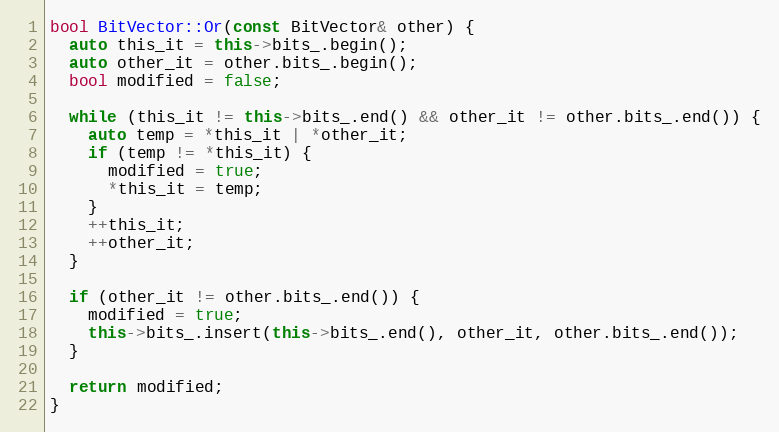
Language: C++
bool BitVector::Or(const BitVector& other) {
  auto this_it = this->bits_.begin();
  auto other_it = other.bits_.begin();
  bool modified = false;

  while (this_it != this->bits_.end() && other_it != other.bits_.end()) {
    auto temp = *this_it | *other_it;
    if (temp != *this_it) {
      modified = true;
      *this_it = temp;
    }
    ++this_it;
    ++other_it;
  }

  if (other_it != other.bits_.end()) {
    modified = true;
    this->bits_.insert(this->bits_.end(), other_it, other.bits_.end());
  }

  return modified;
}